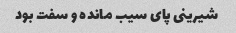
شیرینی پای سیب مانده و سفت بود